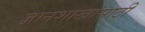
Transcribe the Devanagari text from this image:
ज्ञानशाखांसाठी